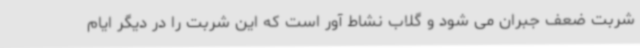
شربت ضعف جبران می شود و گلاب نشاط آور است که این شربت را در دیگر ایام